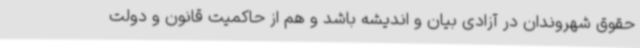
حقوق شهروندان در آزادی بیان و اندیشه باشد و هم از حاکمیت قانون و دولت